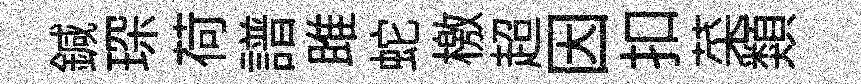
鍼琛荷譜雎蛇檄超因扣菜類